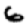
Digit: 6